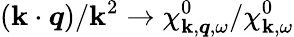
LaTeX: (\boldsymbol{\mathbf{k}}\cdot\boldsymbol{q})/\mathbf{k}^{2}\to\chi_{\boldsymbol{\mathbf{k}},\boldsymbol{q},\omega}^{0}/\chi_{\boldsymbol{\mathbf{k}},\omega}^{0}